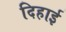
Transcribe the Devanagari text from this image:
दिहाई